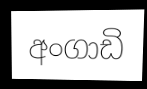
අංගාඩි